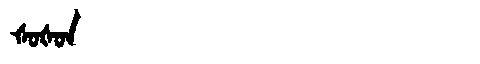
Manchu: ᡧᠣᡧᠣᠨ
Romanization: ŠOŠON